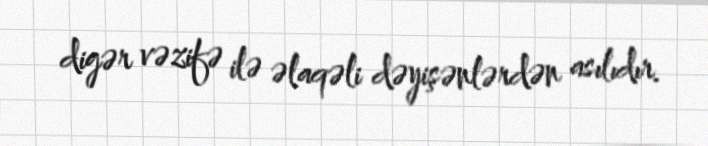
digər vəzifə ilə əlaqəli dəyişənlərdən asılıdır.